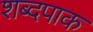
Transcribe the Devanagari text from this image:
शब्दपाक